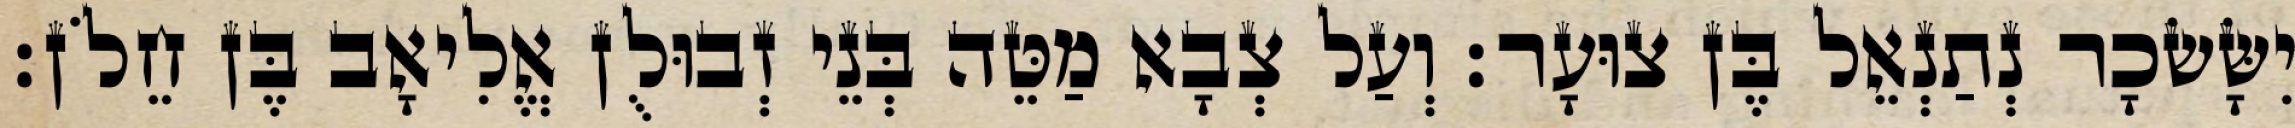
יִשָּׂשׂכָר נְתַנְאֵל בֶּן צוּעָר׃ וְעַל צְבָא מַטֵּה בְּנֵי זְבוּלֻן אֱלִיאָב בֶּן חֵלֹן׃